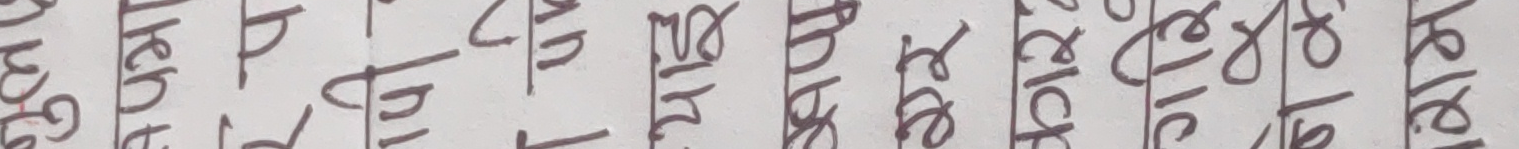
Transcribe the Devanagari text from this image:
बारेमा